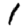
Digit: 1